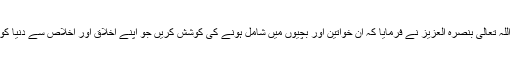
حضور انور ایدہ اللہ تعالیٰ بنصرہ العزیز نے فرمایا کہ ان خواتین اور بچیوں میں شامل ہونے کی کوشش کریں جو اپنے اخلاق اور اخلاص سے دنیا کو منور کرتی ہیں۔